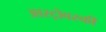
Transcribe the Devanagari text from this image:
आस्ट्रोवस्की